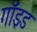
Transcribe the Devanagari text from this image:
गॉइड